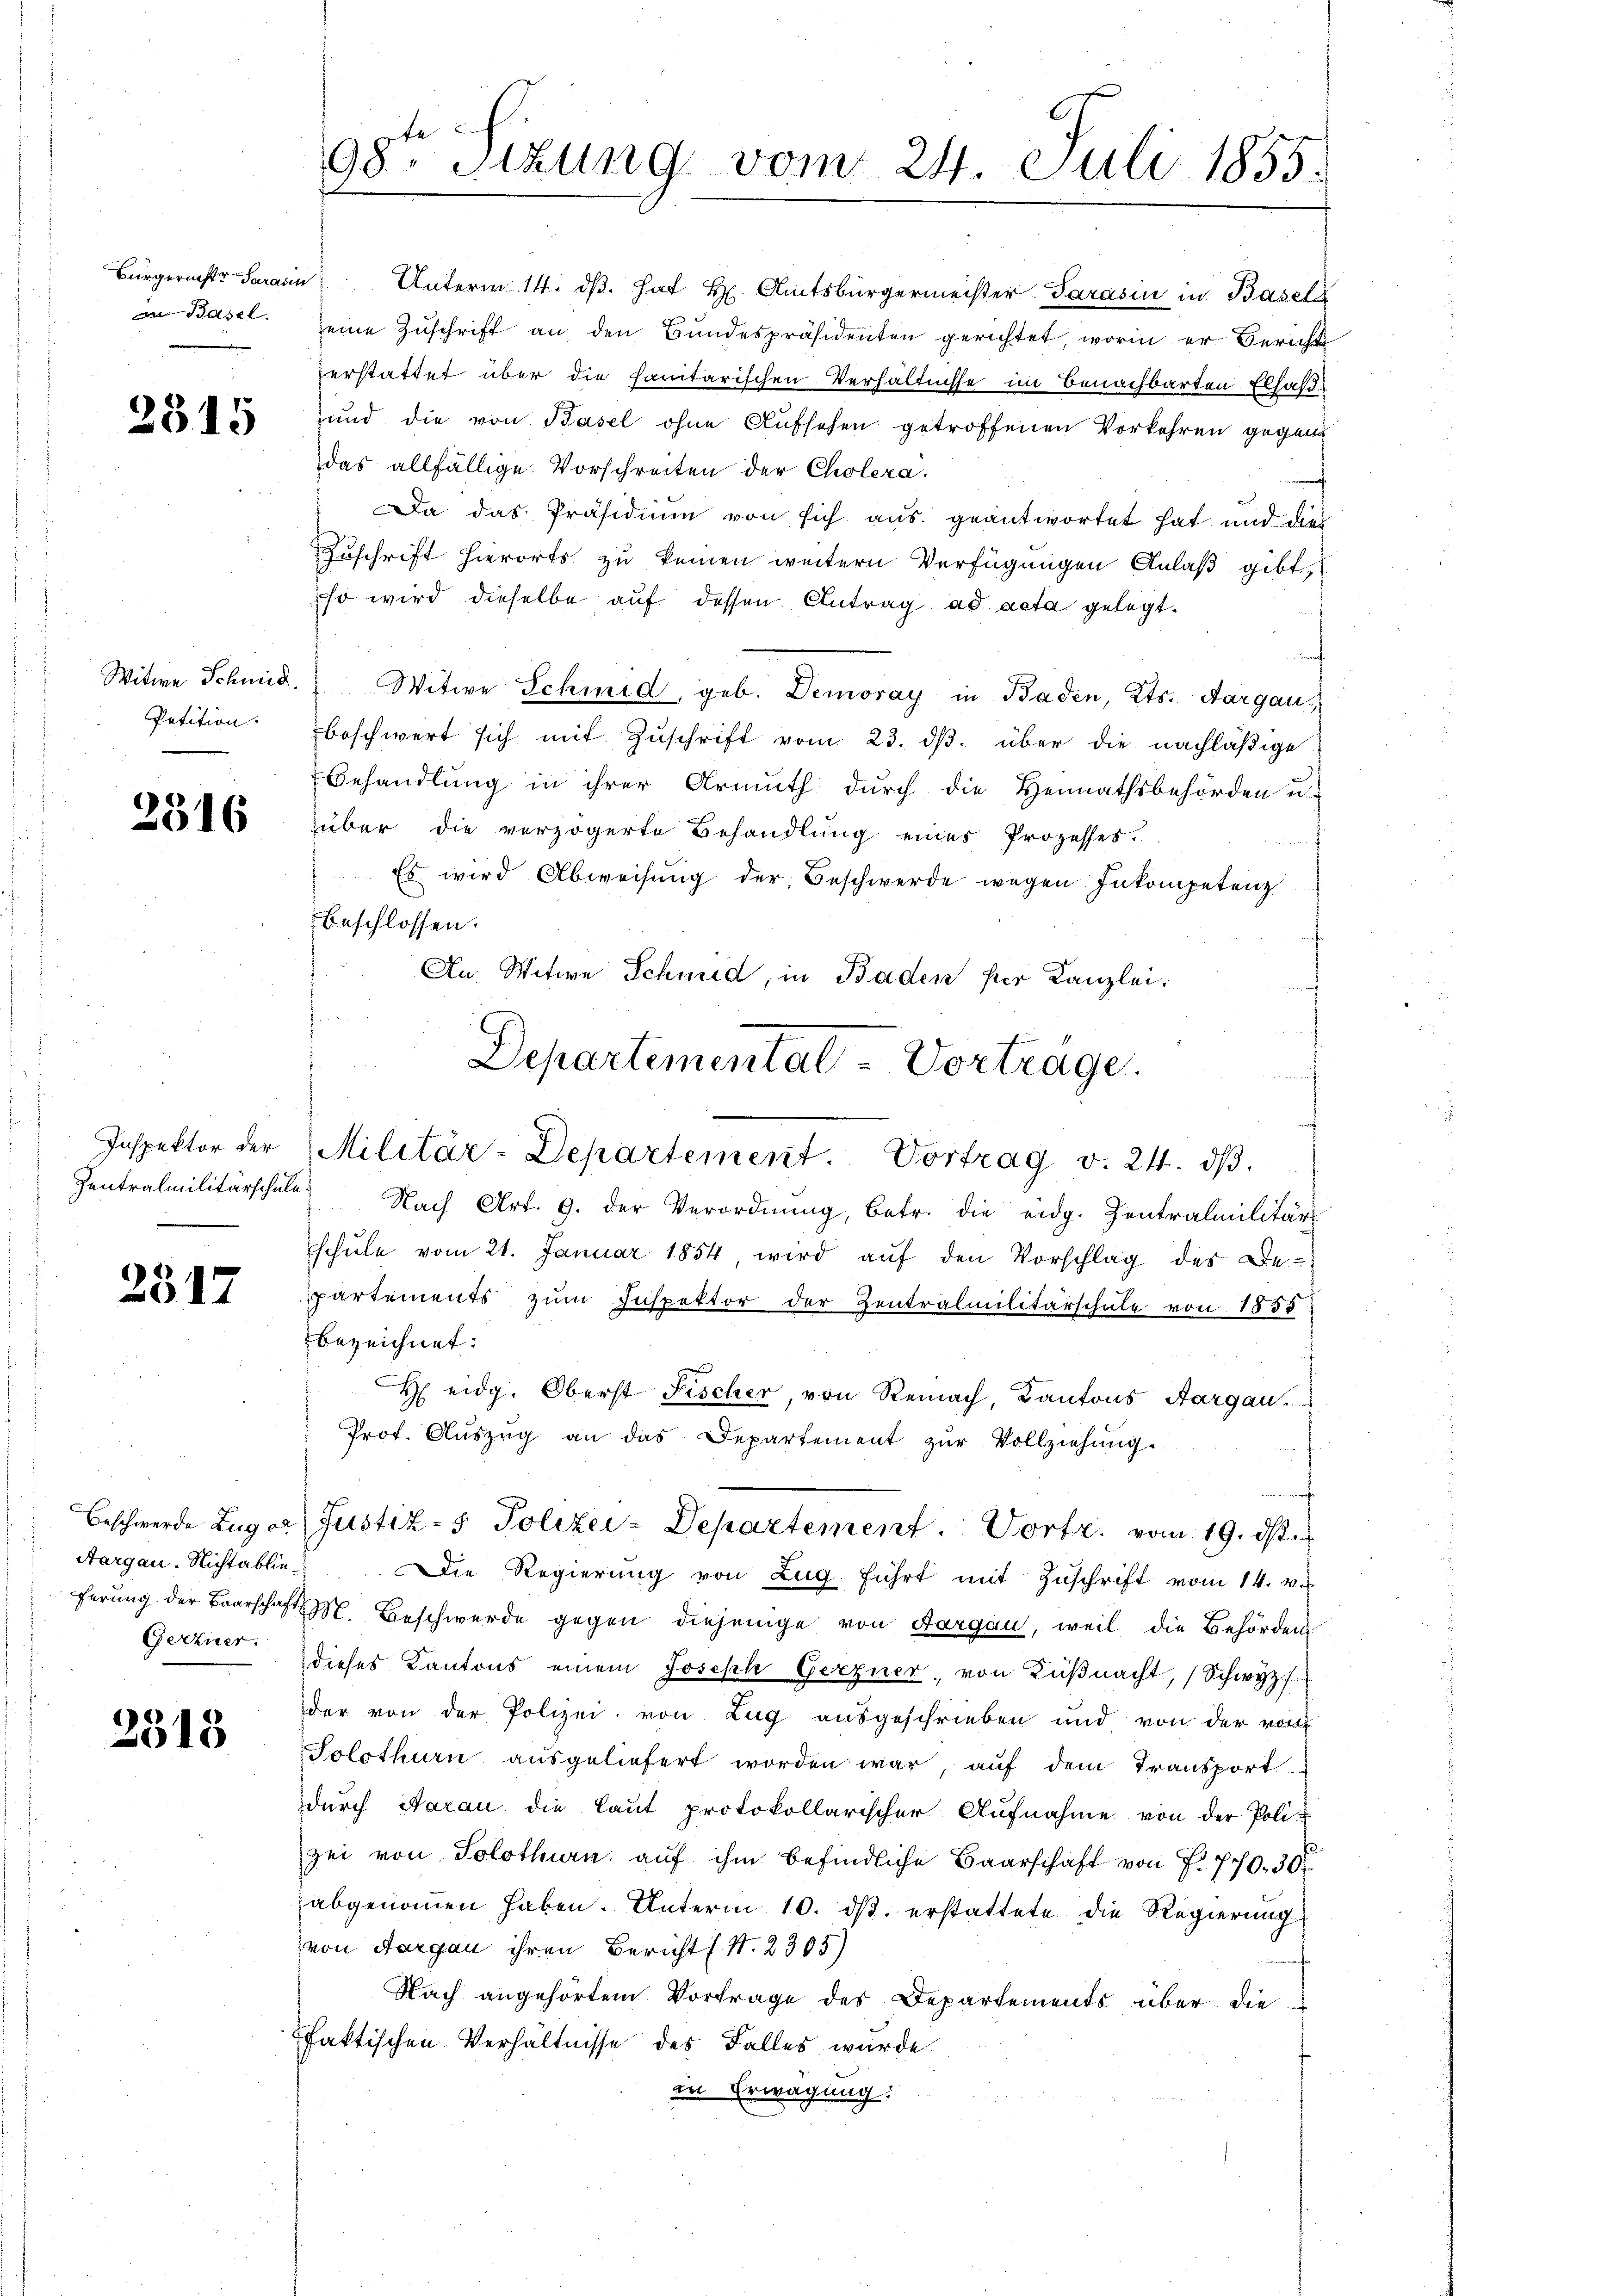
an Basel

2315

Petition.

2316

Inspektor der

2517

Beschwerde Zug e
Gerzner.

2318

98te Sitzung vom 24. Juli 1855.

Bürgerichter Sarasen Unterm 14. dβ. Hat H. Amtsbürgermeister Parasin in Basel
seine Zŭschrift an den Bundespräsidenten gerichtet, worin er Berichte
zerstattet über die sanitarischen Verhältnisse im Benachbarten Elsas¬
und die von Basel ohne Aufsehen getroffenen Vorkehren gegend
das allfällige Vorschreiten der Cholera.
Da das Präsidium von sich aus geantwortet hat und dies
Zuschrift hierorts zu keinen weitern Verfügungen Anlaß gibt,
so wird dieselbe auf dessen Antrag ad acta gelegt.
Witwe Schmid. Witwe Schmid, geb. Demoray in Baden, Kts. Aargau,
beschwert sich mit Zuschrift vom 23. ds. über die nachläßige
Behandlung in ihrer Armuth durch die Heimathsbehörden u.
über die verzögerte Behandlung eines Prozesses.
Es wird Abweisung der Beschwerde wegen Inkompetenz
beschlossen.
An Witwe Schmid, in Baden per Kanzlei.
u
Zentralmilitärschule Nach Art. 9. der Verordnŭng, betr. die eidg. Zentralmilitärs
schŭle vom 21. Januar 1854 wird aŭf den Vorschlag des Be-
partements zŭm Inspektor der Zentralmilitärschale von 1855
bezeichnet:
H eidg. Oberst Fischer, von Reinach, Kantons Aargau.
Prof. Auszug an das Departement zŭr Vollziehung.
Justiz- & Polizei-Departement. Vortr. vom 19. ds.
Aargau. Nichtablie. Die Regierŭng von Zŭg. führt mit Zŭschrift vom 14. v.
ferung der Baarschaft M. Beschwerde gegen diejenige von Aargau, weil die Behörden
dieses Kantons einem Joseph Gerzner, von Küßnacht, Schwyz
der von der Polizei von Zug ausgeschrieben und von der von
Solothurn ausgeliefert worden war, auf dem Transport
dŭrch Aarau die laŭt protokollarischer Aŭfnahme von der Polizei von Solothurn aŭf ihm befindliche Baarschaft von f. 770. 30.
abgenommen haben. Unterm 10. ds. erstattete die Regierung
von Aargau ihren Bericht (S. 2305)
n
Nach angehörtem Vortrage des Departements über die
faktischen Verhältnisse des Falles wurde
in Erwägung:

Departemental-Vortrage.
Militär-Departement. Vortrag v. 24. dβ.